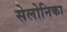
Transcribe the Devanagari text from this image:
सेलोनिका